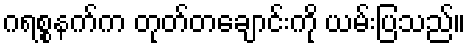
ဂရစ္စနက်က တုတ်တချောင်းကို ယမ်းပြသည်။